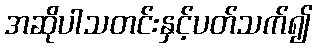
အဆိုပါသတင်းနှင့်ပတ်သက်၍